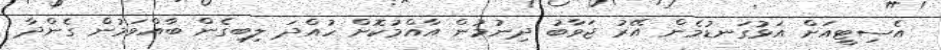
އެސިޓީއަށް އަޅުގަނޑުމެން އޭރު ޖަވާބު ދިނުމުން އާއްމުކޮށް ހުއްދަ ލިބިގެން ބާއްވަމުން ގެންދާ